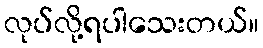
လုပ်လို့ရပါသေးတယ်။